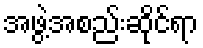
အဖွဲ့အစည်းဆိုင်ရာ